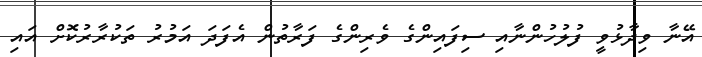
އޭނާ ވިދާޅުވީ ފުލުހުންނާއި ސިފައިންގެ ވެރިންގެ ފަރާތުން އެފަދަ އަމުރު ތަކުރާރުކޮށް އައި